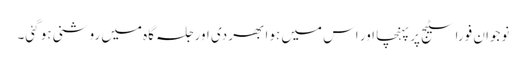
نوجوان فورا سٹیج پر پہنچا اور اس میں ہوا بھر دی اور جلسہ گاہ میں روشنی ہو گئی۔